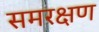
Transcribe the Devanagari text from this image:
समरक्षण